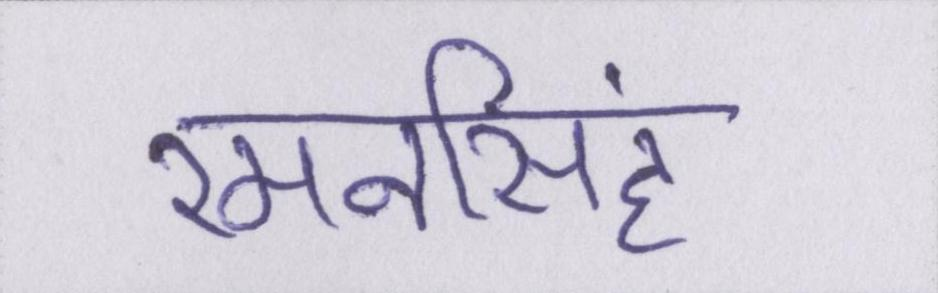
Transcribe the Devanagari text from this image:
रमनसिंह